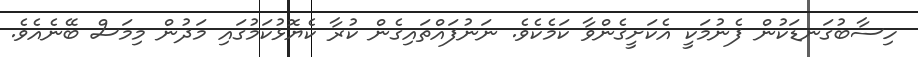
ހިސާބުގަނޑަކުން ފެނުމަކީ އެކަށީގެންވާ ކަމެކެވެ. ނަނުފައްތައިގެން ކުރާ ކެޔޮޅުކަމުގައި މަދުން މިމަސް ބޭނެއެވެ.